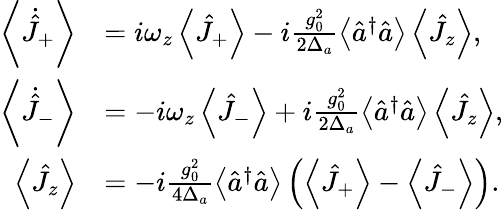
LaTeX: \begin{array}{rl}{\left\langle\dot{\hat{J}}_{+}\right\rangle}&{=i\omega_{z}\left\langle\hat{J}_{+}\right\rangle-i\frac{g_{0}^{2}}{2\Delta_{a}}\left\langle\hat{a}^{\dagger}\hat{a}\right\rangle\left\langle\hat{J}_{z}\right\rangle,}\\ {\left\langle\dot{\hat{J}}_{-}\right\rangle}&{=-i\omega_{z}\left\langle\hat{J}_{-}\right\rangle+i\frac{g_{0}^{2}}{2\Delta_{a}}\left\langle\hat{a}^{\dagger}\hat{a}\right\rangle\left\langle\hat{J}_{z}\right\rangle,}\\ {\left\langle\hat{J}_{z}\right\rangle}&{=-i\frac{g_{0}^{2}}{4\Delta_{a}}\left\langle\hat{a}^{\dagger}\hat{a}\right\rangle\left(\left\langle\hat{J}_{+}\right\rangle-\left\langle\hat{J}_{-}\right\rangle\right).}\end{array}